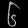
Digit: ၆